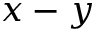
x - y